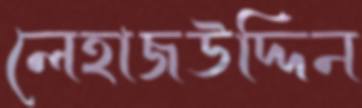
লেহাজউদ্দিন